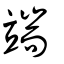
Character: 端